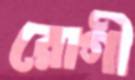
রোগী